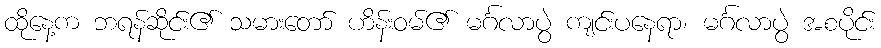
ထိုနေ့က ဘရန်ဆိုင်း၏ သမားတော် ဟိန်းဝမ်၏ မင်္ဂလာပွဲ ကျင်းပနေရာ၊ မင်္ဂလာပွဲ အစပိုင်း